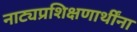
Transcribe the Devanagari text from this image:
नाट्यप्रशिक्षणार्थींना